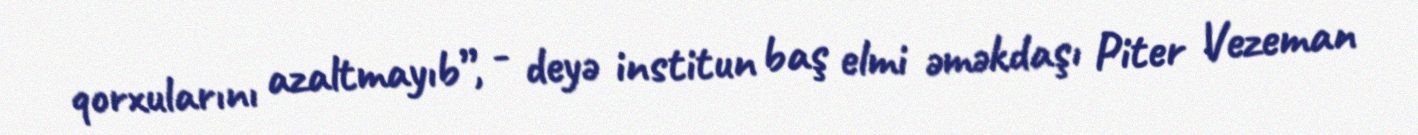
qorxularını azaltmayıb”, - deyə institun baş elmi əməkdaşı Piter Vezeman